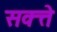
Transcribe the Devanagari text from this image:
सक्त्ते